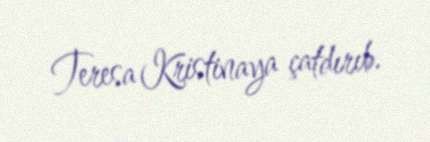
Teresa Kristinaya çatdırıb.